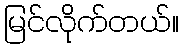
မြင်လိုက်တယ်။